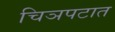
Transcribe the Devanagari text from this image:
चिञपटात